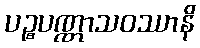
ပဉ္စပဏ္ဏာသဝဿာနိ